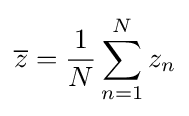
{\overline {z}}={\frac {1}{N}}\sum _{n=1}^{N}z_{n}